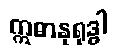
ဣဓာနုရုဒ္ဓါ